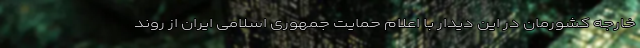
خارجه کشورمان در این دیدار با اعلام حمایت جمهوری اسلامی ایران از روند